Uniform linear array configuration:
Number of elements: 4
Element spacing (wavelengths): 1
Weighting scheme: hamming
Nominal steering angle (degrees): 0
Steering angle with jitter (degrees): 0.3543
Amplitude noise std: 0.05
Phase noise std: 0.05

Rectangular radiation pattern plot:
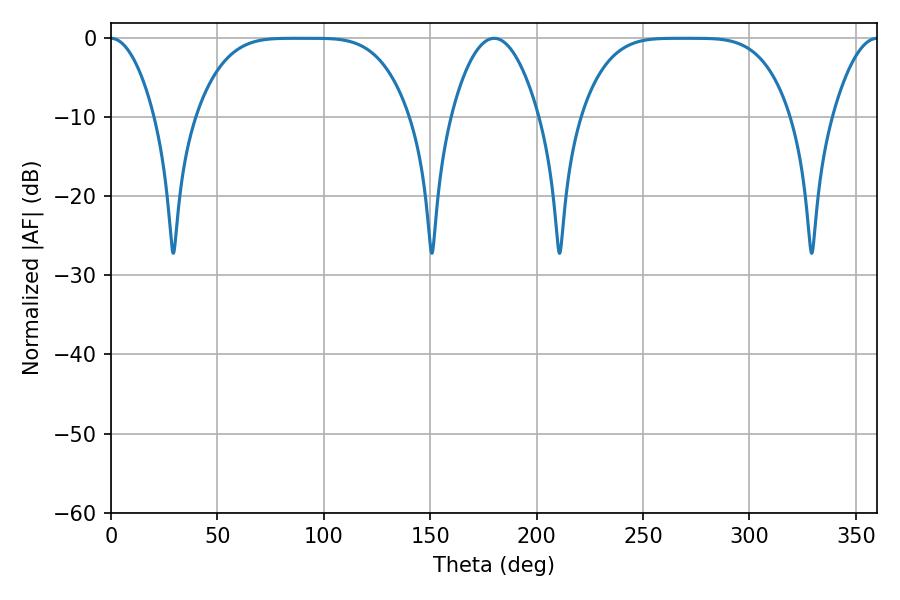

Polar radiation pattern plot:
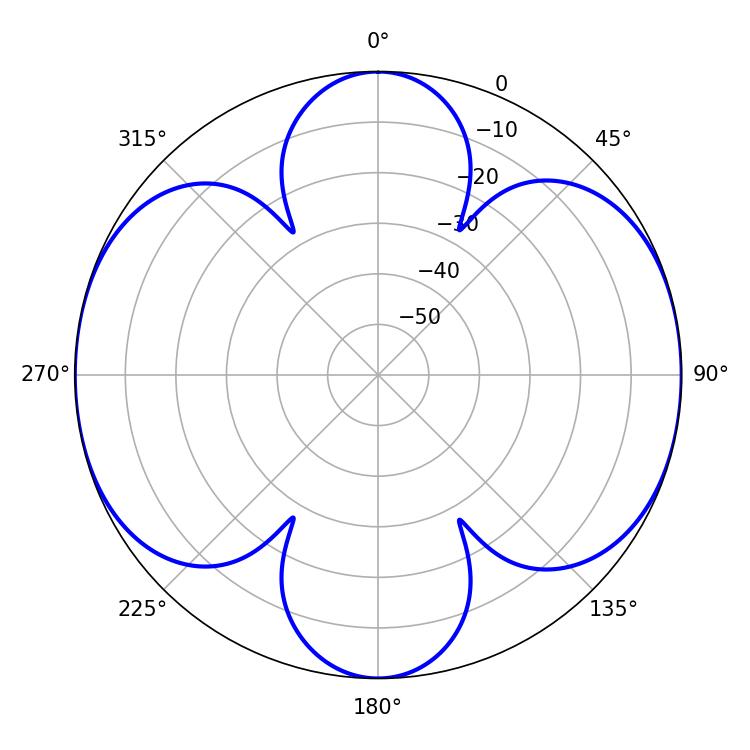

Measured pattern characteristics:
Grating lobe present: TRUE
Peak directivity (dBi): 22.525
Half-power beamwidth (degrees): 73.8
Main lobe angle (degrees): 87.66